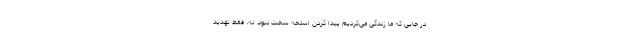
در جایی که ما زندگی می‌کردیم پیدا کردن اسلحه سخت نبود. نه، فقط تهدید